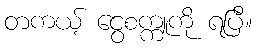
တကယ့် ငွေစက္ကူကို ရပြီ။